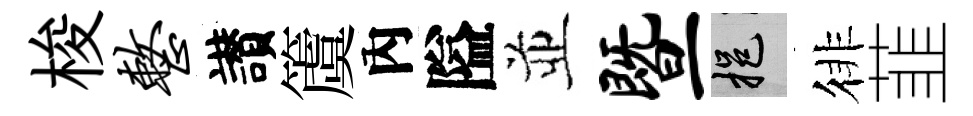
梭整讃𥵂內隘並暨挹徘韮